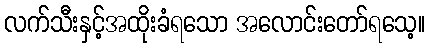
လက်သီးနှင့်အထိုးခံရသော အလောင်းတော်ရသေ့။